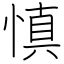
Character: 慎